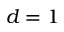
d = 1